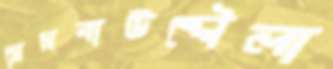
মেসবাউদ্দৌলা